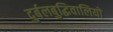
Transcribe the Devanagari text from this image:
दुर्बलबुद्धिवालियों